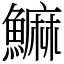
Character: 䲈